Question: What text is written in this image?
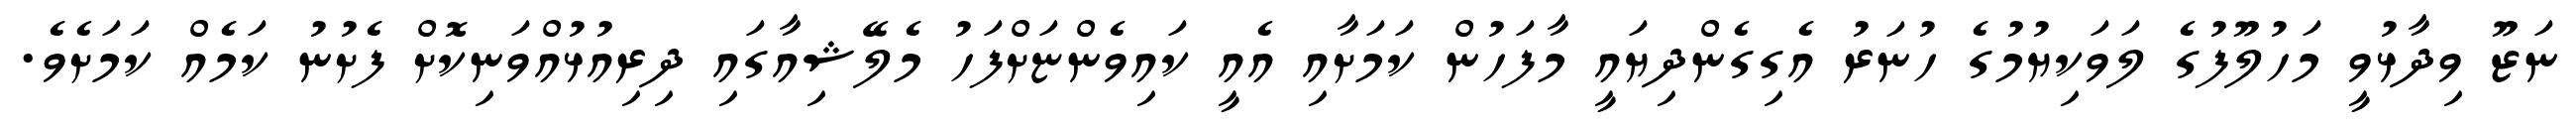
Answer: ނަޒޫ ވިދާޅުވީ މަހުލޫފުގެ ލަވަކިޔުމުގެ ހުނަރު އެގިގެންދިޔައީ މާފަހުން ކަމަށާއި އެއީ ކައިވެންޏަށްފަހު މެލޭޝިއާގައި ދިރިއުޅުއްވަނިކޮށް ފެށުނު ކަމެއް ކަމަށެވެ.